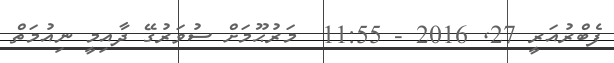
ފެބްރުއަރީ 27